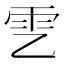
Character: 𩁶